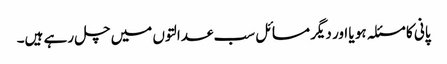
پانی کا مسئلہ ہو یا اور دیگر مسائل سب عدالتوں میں چل رہے ہیں۔